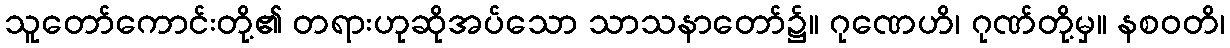
သူတော်ကောင်းတို့၏ တရားဟုဆိုအပ်သော သာသနာတော်၌။ ဂုဏေဟိ၊ ဂုဏ်တို့မှ။ နစဝတိ၊